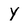
Character: Y